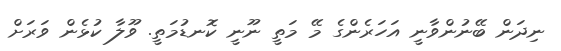
ނިދަން ބޭނުންވާނީ އަހަރެންގެ މޭ މަތީ ނޫނީ ކޮނޑުމަތީ. ވޫލާ ކުޅެން ވަރަށް